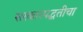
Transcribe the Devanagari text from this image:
सरकारपद्धतीचा